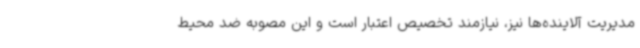
مدیریت آلاینده‌ها نیز، نیازمند تخصیص اعتبار است و این مصوبه ضد محیط